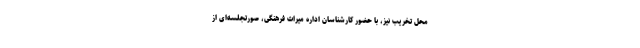
محل تخریب نیز، با حضور کارشناسان اداره میراث فرهنگی، صورتجلسه‌ای از